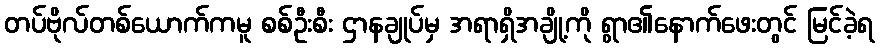
တပ်ဗိုလ်တစ်ယောက်ကမူ စစ်ဦးစီး ဌာနချုပ်မှ အရာရှိအချို့ကို ရွာ၏နောက်ဖေးတွင် မြင်ခဲ့ရ